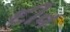
દીવ